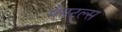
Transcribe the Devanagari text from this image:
मेयट्ल्स